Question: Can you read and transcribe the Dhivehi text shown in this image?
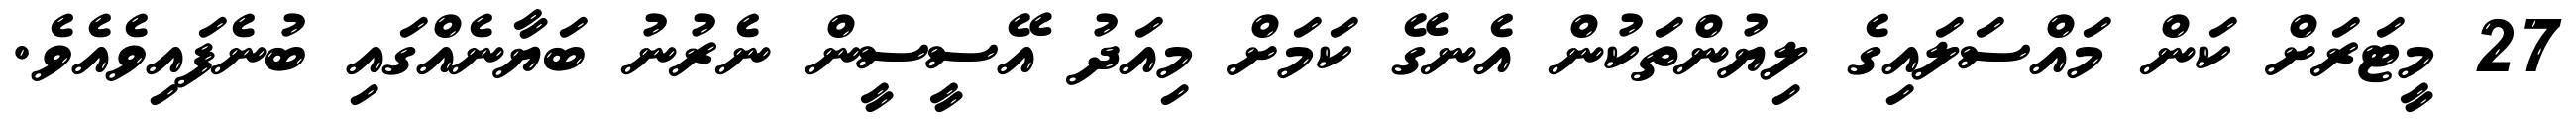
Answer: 27 މީޓަރަށް ކަން މައްސަލައިގެ ލިޔުންތަކުން އެނގޭ ކަމަށް މިއަދު އޭސީސީން ނެރުނު ބަޔާނެއްގައި ބުނެފައިވެއެވެ.